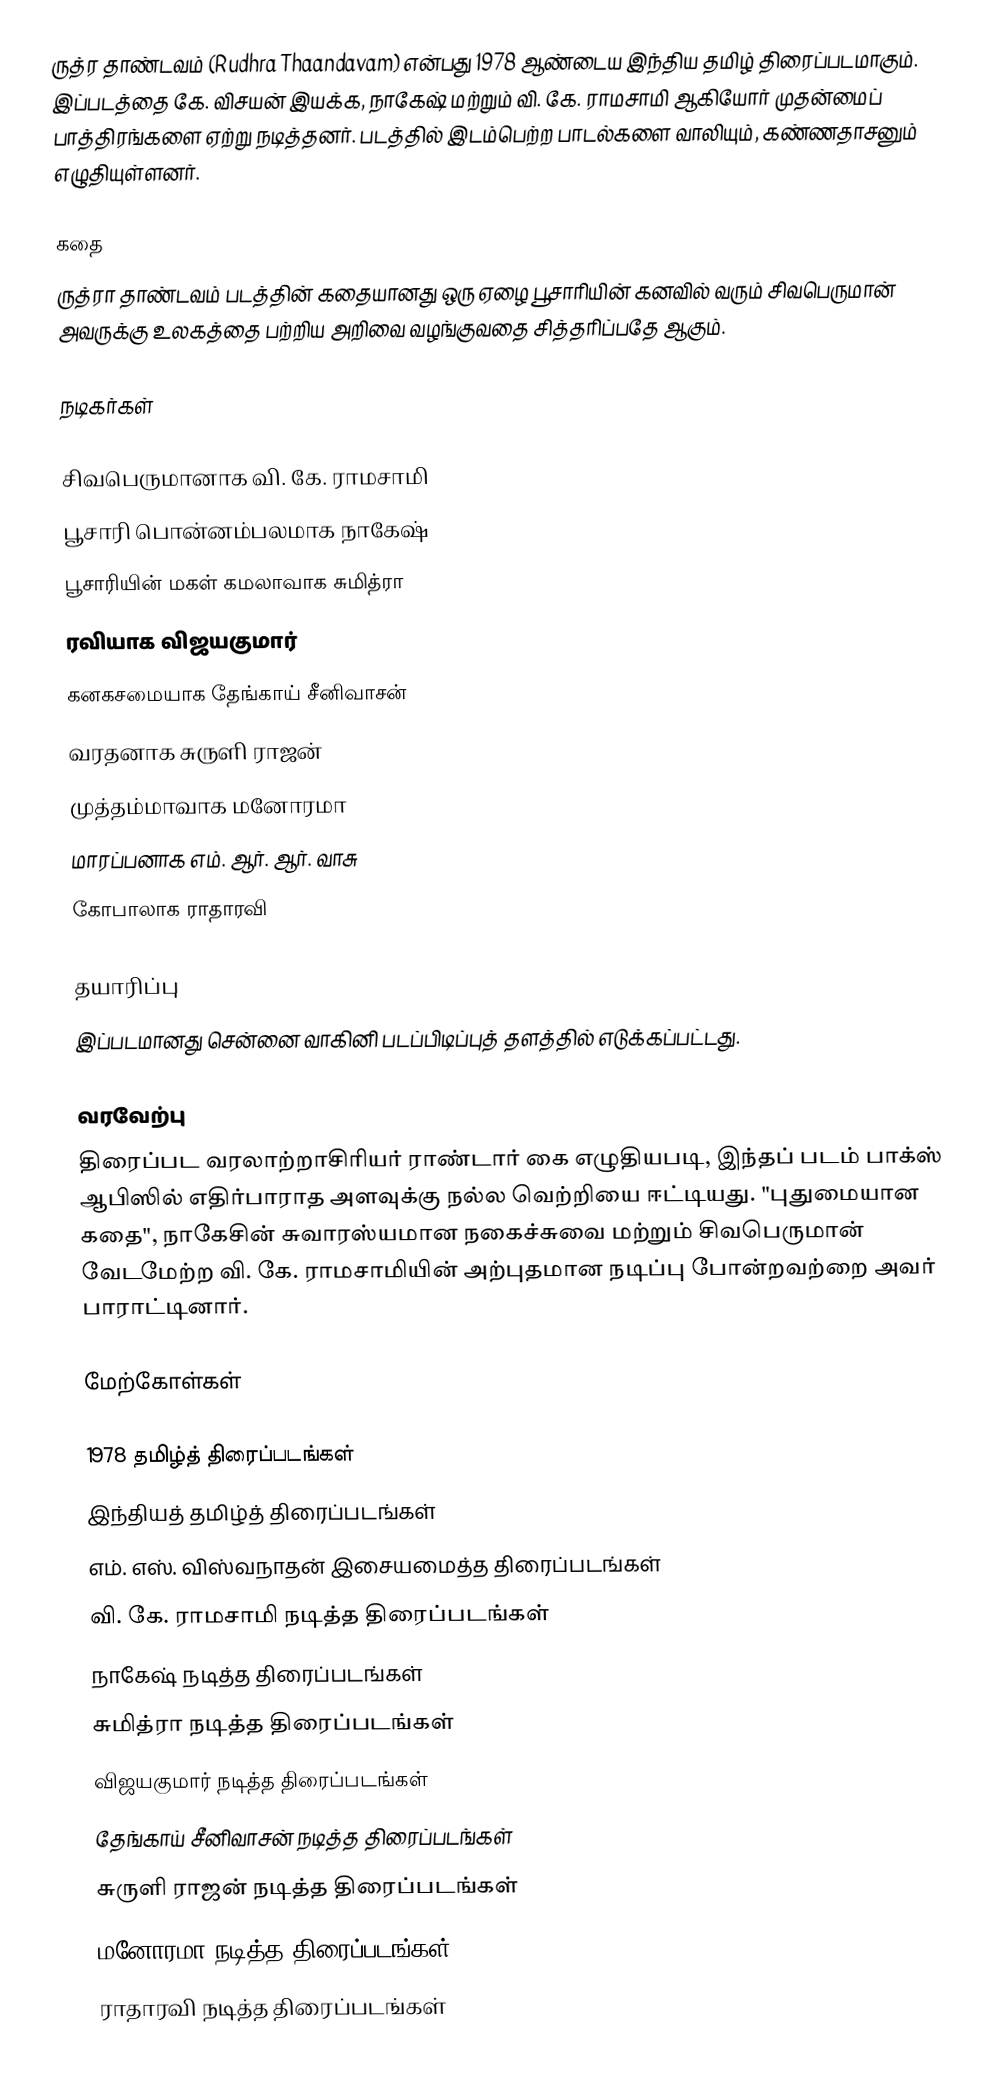
ருத்ர தாண்டவம் (Rudhra Thaandavam) என்பது 1978 ஆண்டைய இந்திய தமிழ் திரைப்படமாகும். இப்படத்தை கே. விசயன் இயக்க,  நாகேஷ் மற்றும் வி. கே. ராமசாமி ஆகியோர் முதன்மைப் பாத்திரங்களை ஏற்று நடித்தனர். படத்தில் இடம்பெற்ற பாடல்களை வாலியும், கண்ணதாசனும் எழுதியுள்ளனர்.

கதை
ருத்ரா தாண்டவம் படத்தின் கதையானது  ஒரு ஏழை பூசாரியின் கனவில் வரும் சிவபெருமான் அவருக்கு உலகத்தை பற்றிய  அறிவை வழங்குவதை சித்தரிப்பதே ஆகும்.

நடிகர்கள்

 சிவபெருமானாக வி. கே. ராமசாமி 
 பூசாரி பொன்னம்பலமாக நாகேஷ் 
 பூசாரியின் மகள் கமலாவாக சுமித்ரா 
 ரவியாக விஜயகுமார்
 கனகசமையாக தேங்காய் சீனிவாசன்
 வரதனாக சுருளி ராஜன்
 முத்தம்மாவாக மனோரமா
 மாரப்பனாக எம். ஆர். ஆர். வாசு
 கோபாலாக ராதாரவி

தயாரிப்பு
இப்படமானது சென்னை வாகினி படப்பிடிப்புத் தளத்தில் எடுக்கப்பட்டது.

வரவேற்பு
திரைப்பட வரலாற்றாசிரியர் ராண்டார் கை எழுதியபடி, இந்தப் படம் பாக்ஸ் ஆபிஸில் எதிர்பாராத அளவுக்கு நல்ல வெற்றியை ஈட்டியது. "புதுமையான கதை", நாகேசின் சுவாரஸ்யமான நகைச்சுவை மற்றும் சிவபெருமான் வேடமேற்ற வி. கே. ராமசாமியின் அற்புதமான நடிப்பு போன்றவற்றை அவர் பாராட்டினார்.

மேற்கோள்கள்

1978 தமிழ்த் திரைப்படங்கள்
இந்தியத் தமிழ்த் திரைப்படங்கள்
எம். எஸ். விஸ்வநாதன் இசையமைத்த திரைப்படங்கள்
வி. கே. ராமசாமி நடித்த திரைப்படங்கள்
நாகேஷ் நடித்த திரைப்படங்கள்
சுமித்ரா நடித்த திரைப்படங்கள்
விஜயகுமார் நடித்த திரைப்படங்கள்
தேங்காய் சீனிவாசன் நடித்த திரைப்படங்கள்
சுருளி ராஜன் நடித்த திரைப்படங்கள்
மனோரமா நடித்த திரைப்படங்கள்
ராதாரவி நடித்த திரைப்படங்கள்